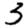
Digit: 3